Report on vaccination in Madras 1877-1894 - 1877-1894
Year: 1877
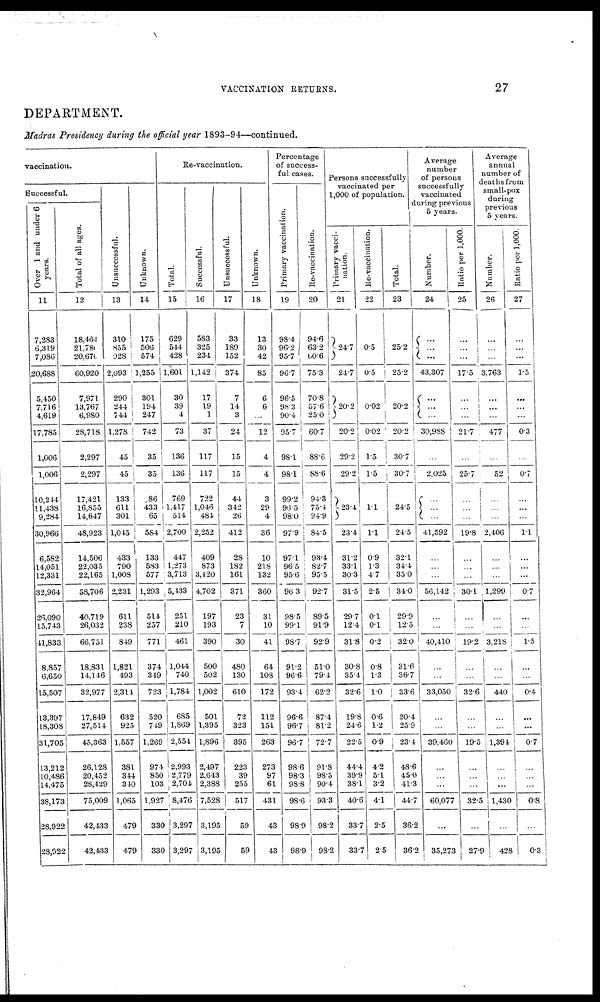
VACCINATION RETURNS.
27
DEPARTMENT.
Madras Presidency during the official year 1893-94—continued.
vaccination.
Successful.
Over 1 and under 6
years.
11
7,283
6,319
7,086
20,688
5,450
7,716
4,619
17,785
1,006
1,006
10,244
11,438
9,284
30,966
6,582
14,051
12,331
32,964
26,090
15,743
41,833
8,857
6,650
15,507
13,397
18,308
31,705
13,212
10,486
14,475
38,173
28,922
28,922
Total of all ages.
12
18,464
21,780
20,670
60,920
7,971
13,767
6,980
28,718
2,297
2,297
17,421
16,855
14,647
48,923
14,506
22,035
22,165
58,706
40,719
26,032
66,751
18,831
14,146
32,977
17,849
27,514
45,363
26,128
20,452
28,429
75,009
42,433
42,433
Unsuccessful.
13
310
855
928
2,093
290
244
744
1,278
45
45
133
611
301
1,045
433
790
1,008
2,231
611
238
849
1,821
493
2,314
632
925
1,557
381
344
340
1,065
479
479
Unknown.
14
175
506
574
1,255
301
194
247
742
35
35
86
433
65
584
133
583
577
1,293
514
257
771
374
349
723
520
749
1,269
974
850
103
1,927
330
330
Re-vaccination.
Total.
15
629
544
428
1,601
30
39
4
73
136
136
769
1,417
514
2,700
447
1,273
3,713
5,433
251
210
461
1,044
740
1,784
685
1,869
2,554
2,993
2,779
2,704
8,476
3,297
3,297
Successful.
16
583
325
234
1,142
17
19
1
37
117
117
722
1,046
484
2,252
409
873
3,420
4,702
197
193
390
500
502
1,002
501
1,395
1,896
2,497
2,643
2,388
7,528
3,195
3,195
Unsuccessful.
17
33
189
152
374
7
14
3
24
15
15
44
342
26
412
28
182
161
371
23
7
30
480
130
610
72
323
395
223
39
255
517
59
59
Unknown.
18
13
30
42
85
6
6
...
12
4
4
3
29
4
36
10
218
132
360
31
10
41
64
108
172
112
151
263
273
97
61
431
43
43
Percentage
of success-
ful cases.
Primary vaccination.
19
98.4
96.2
95.7
96.7
96.5
98.3
90.4
95.7
98.1
98.1
99.2
96.5
98.0
97.9
97.1
96.5
95.6
96.3
98.5
99.1
98.7
91.2
96.6
93.4
96.6
96.7
96.7
98.6
98.3
98.8
98.6
98.9
98.9
Re-vaccination.
20
94.6
63.2
60.6
75.3
70.8
57.6
25.0
60.7
88.6
88.6
94.3
75.4
94.9
84.5
93.4
82.7
95.5
92.7
89.5
91.9
92.9
51.0
79.4
62.2
87.4
81.2
72.7
91.8
98.5
90.4
93.3
98.2
98.2
Persons successfully
vaccinated per
1,000 of population.
Primary vacci-
nation.
21
24.7
24.7
20.2
20.2
29.2
29.2
23.4
23.4
31.2
33.1
30.3
31.5
29.7
12.4
31.8
30.8
35.4
32.6
19.8
24.6
22.5
44.4
39.9
38.1
40.6
33.7
33.7
Re-vaccination.
22
0.5
0.5
0.02
0.02
1.5
1.5
1.1
1.1
0.9
1.3
4.7
2.5
0.1
0.1
0.2
0.8
1.3
1.0
0.6
1.2
0.9
4.2
5.1
3.2
4.1
2.5
2.5
Total.
23
25.2
25.2
20.2
20.2
30.7
30.7
24.5
24.5
32.1
34.4
35.0
34.0
29.9
12.5
32.0
31.6
36.7
33.6
20.4
25.9
23.4
48.6
45.0
41.3
44.7
36.2
36.2
Average
number
of persons
successfully
vaccinated
during previous
5 years.
Number.
24
...
...
...
43,307
...
... ...
30,988
...
2,025
...
...
...
41,592
...
...
...
56,142
...
...
40,410
...
...
33,050
...
...
39,460
...
...
...
60,077
...
35,273
Ratio per 1,000.
25
...
...
...
17.5
...
...
...
21.7
...
25.7
...
...
...
19.8
...
...
...
30.1
...
...
19.2
...
...
32.6
...
...
19.5
...
...
...
32.5
...
27.9
Average
annual
number of
deaths from
small-pox
during
previous
5 years.
Number.
26
...
...
...
3,763
...
...
...
477
...
52
...
...
...
2,406
...
...
...
1,299
...
...
3,218
...
...
440
...
...
1,394
...
...
...
1,430
...
428
Ratio per 1,000.
27
...
...
...
1.5
...
...
...
0.3
...
0.7
...
...
...
1.1
...
...
...
0.7
...
...
1.5
...
...
0.4
...
...
0.7
...
...
...
0.8
...
0.3